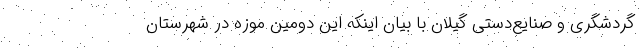
گردشگری و صنایع‌دستی گیلان با بیان اینکه این دومین موزه در شهرستان